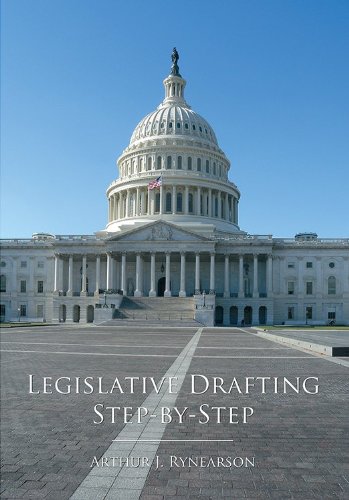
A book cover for Legislative Drafting Step-by-Step; Arthur J. Rynearson; Law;